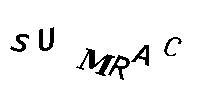
SUMRAC